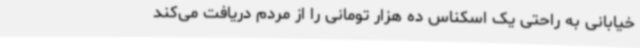
خیابانی به راحتی یک اسکناس ده هزار تومانی را از مردم دریافت می‌کند